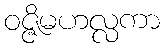
ဝဇ္ဇိမဟလ္လကာ